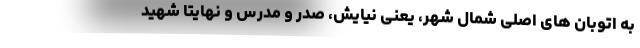
به اتوبان های اصلی شمال شهر، یعنی نیایش، صدر و مدرس و نهایتا شهید